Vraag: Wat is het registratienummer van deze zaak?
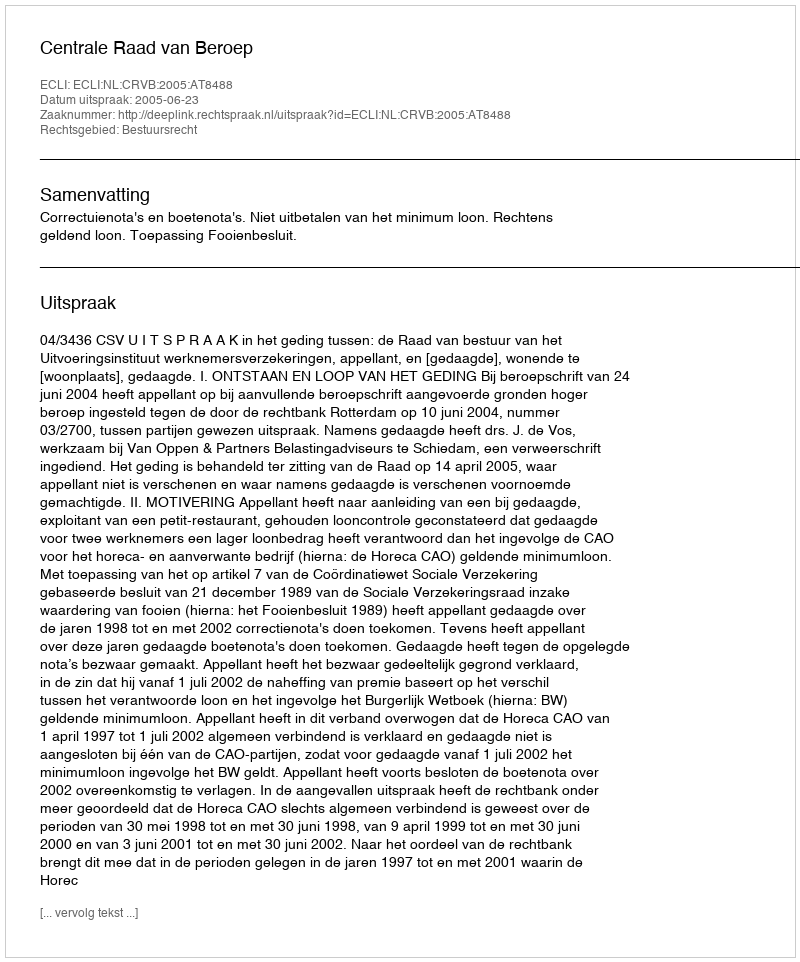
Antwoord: http://deeplink.rechtspraak.nl/uitspraak?id=ECLI:NL:CRVB:2005:AT8488